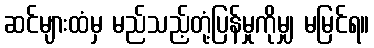
ဆင်များထံမှ မည်သည့်တုံ့ပြန်မှုကိုမျှ မမြင်ရ။